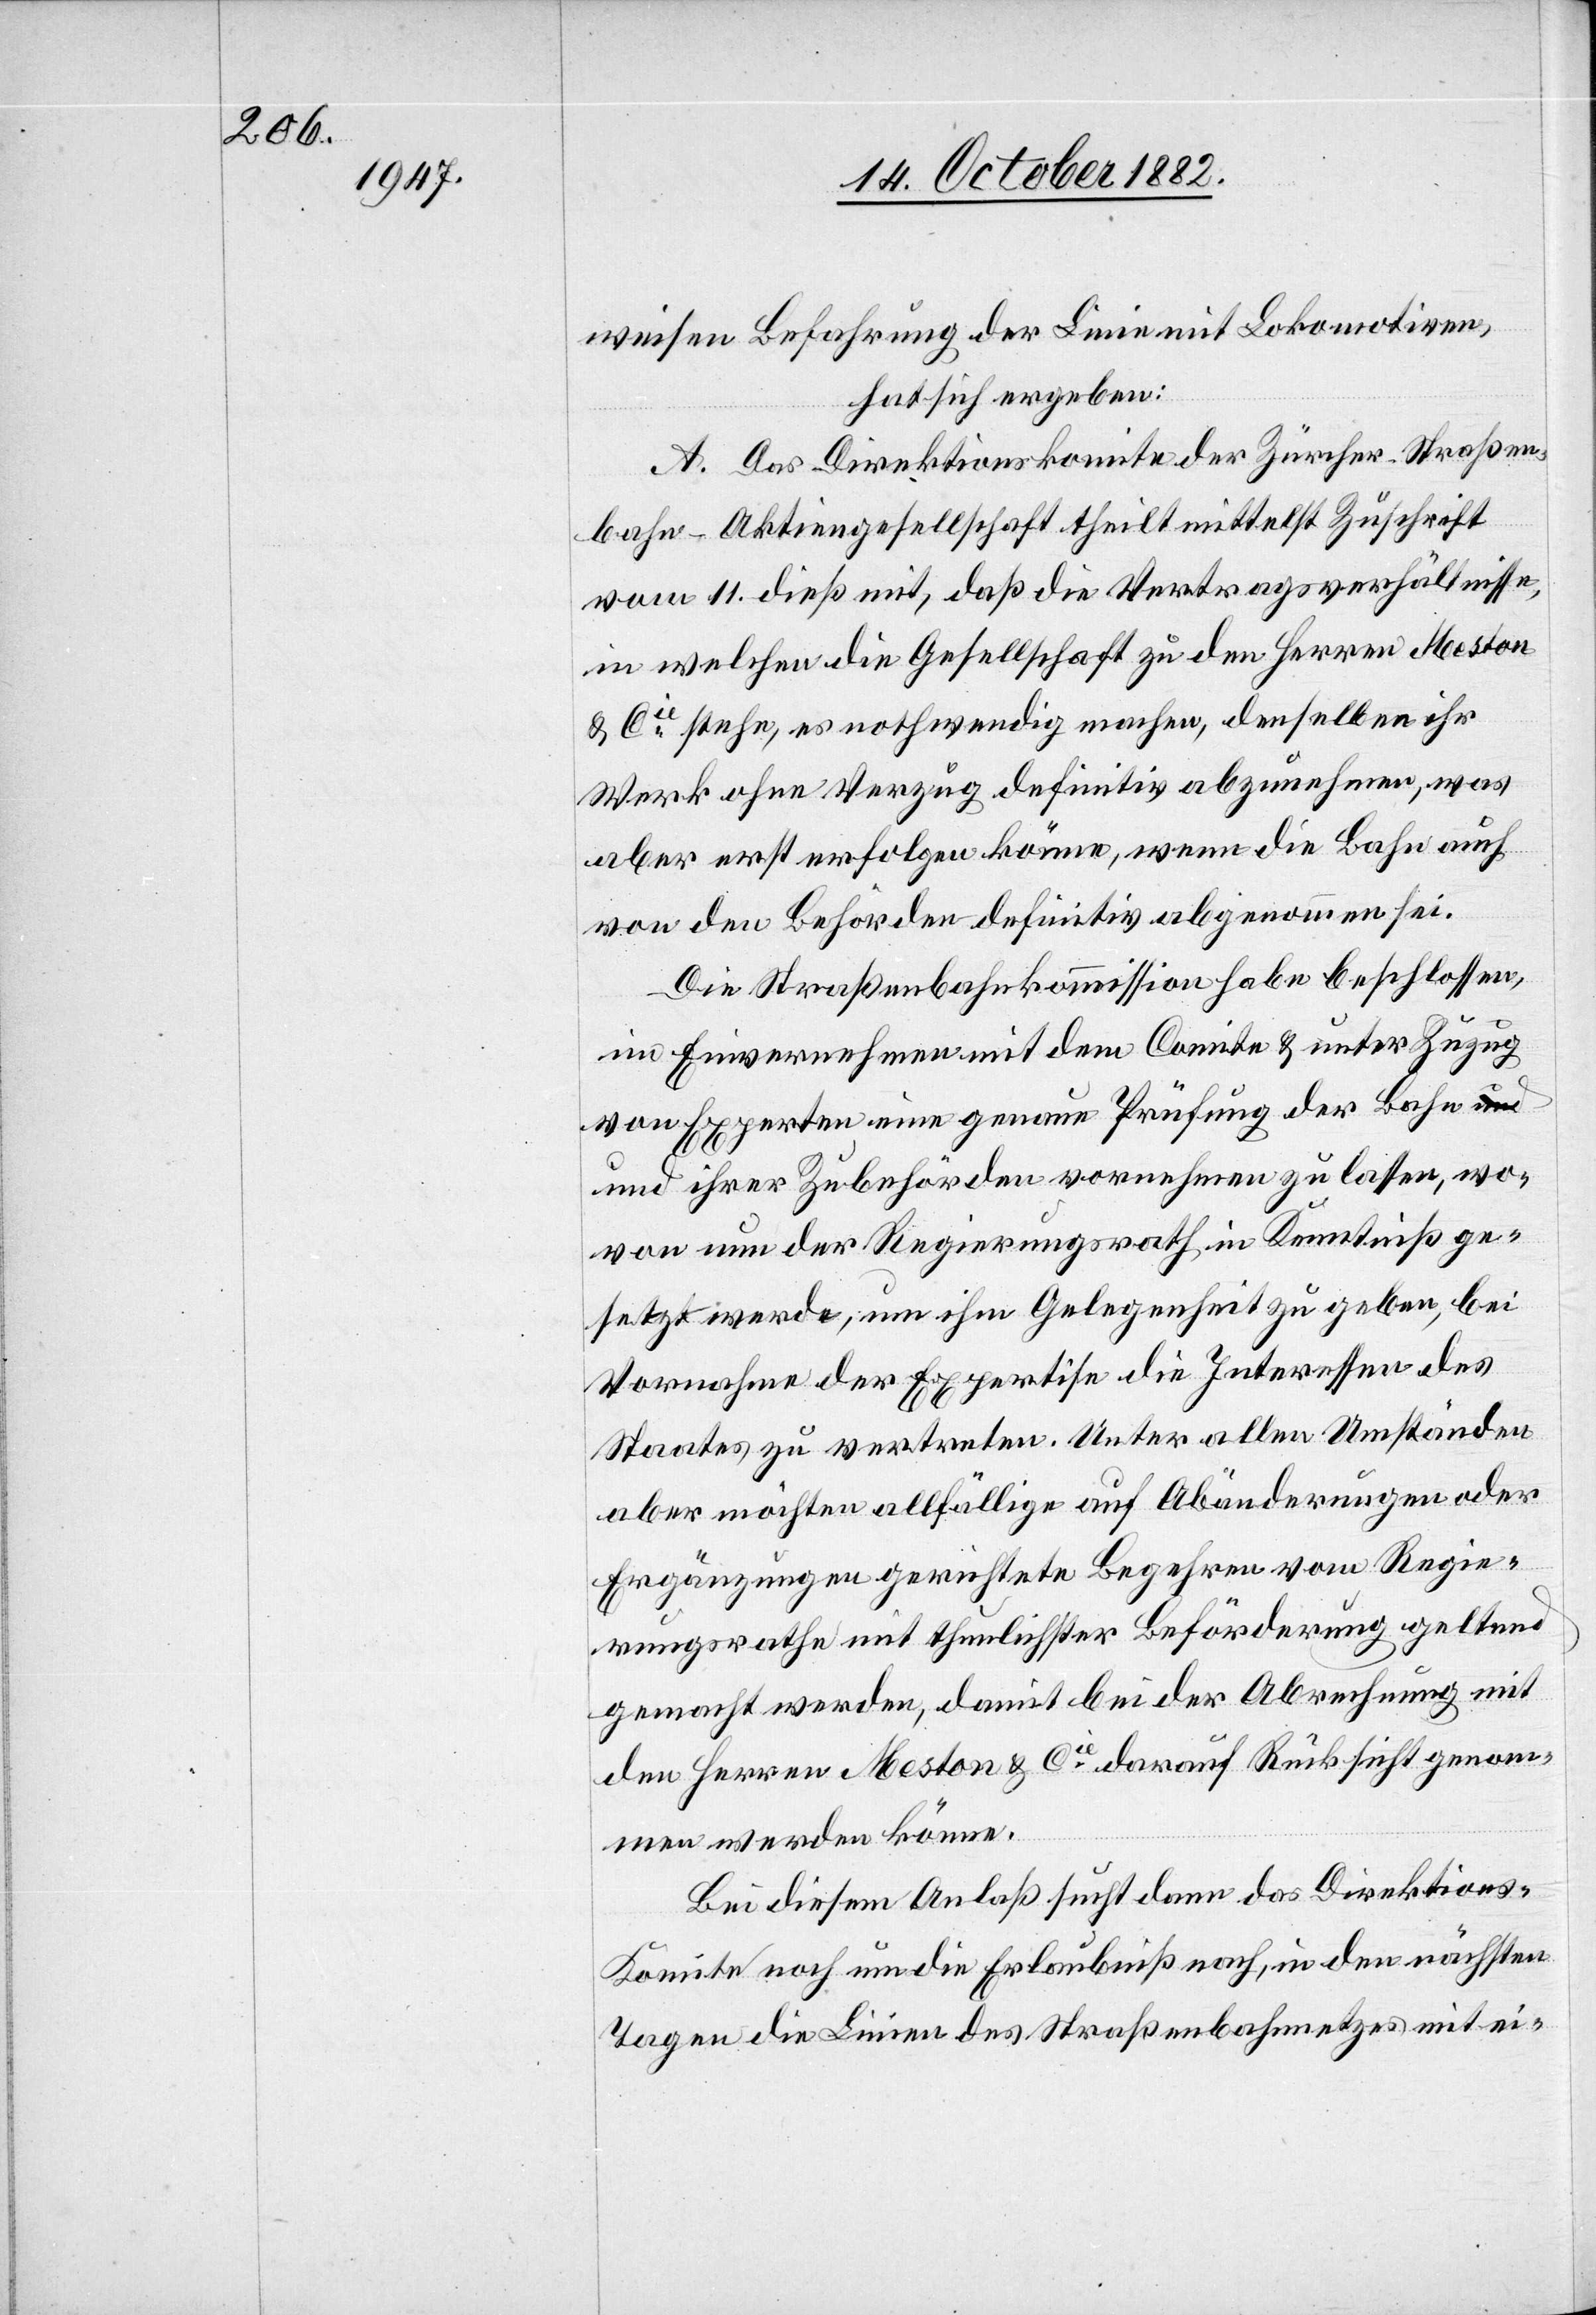
weisen Befahrung der Linie mit Lokomotiven,
hat sich ergeben:
A. Das Direktionskomite der Zürcher-Straßen¬
bahn-Aktiengesellschaft theilt mittelst Zuschrift
vom 11. dieß mit, daß die Vertragsverhältnisse,
in welchen die Gesellschaft zu den Herren Meston
& Cie stehe, es nothwendig machen, denselben ihr
Werk ohne Verzug definitiv abzunehmen, was
aber erst erfolgen könne, wenn die Bahn auch
von den Behörden definitiv abgenommen sei.
Die Straßenbahnkommission habe beschlossen,
im Einvernehmen mit dem Comite & unter Zuzug
von Experten eine genaue Prüfung der Bahn un¬
d ihrer Zubehörden vornehmen zu lassen, wo¬
von nun der Regierungsrath in Kenntniß ge¬
setzt werde, um ihm Gelegenheit zu geben, bei
Vornahme der Expertise die Interessen des
Staates zu vertreten. Unter allen Umständen
aber möchten allfällige auf Abänderungen oder
Ergänzungen gerichtete Begehren vom Regie¬
rungsrathe mit thunlichster Beförderung geltend
gemacht werden, damit bei der Abrechnung mit
den Herren Meston & Cie darauf Rücksicht genom¬
men werden könne.
Bei diesem Anlaß sucht dann das Direktions-K¬
omite noch um die Erlaubniß nach, in den nächsten
Tagen die Linien des Straßenbahnnetzes mit ei-